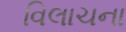
વિલાચના